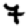
Digit: 7